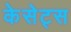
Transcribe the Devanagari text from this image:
केसेट्स